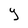
Character: y